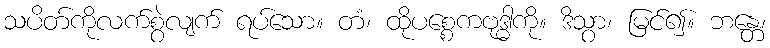
သပိတ်ကိုလက်စွဲလျက် ရပ်သော။ တံ၊ ထိုပစ္စေကဗုဒ္ဓါကို။ ဒိသွာ၊ မြင်၍။ ဘန္တေ၊